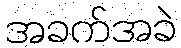
အခက်အခဲ